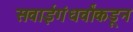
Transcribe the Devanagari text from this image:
सवाईगंधर्वांकडून